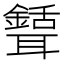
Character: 𦗾